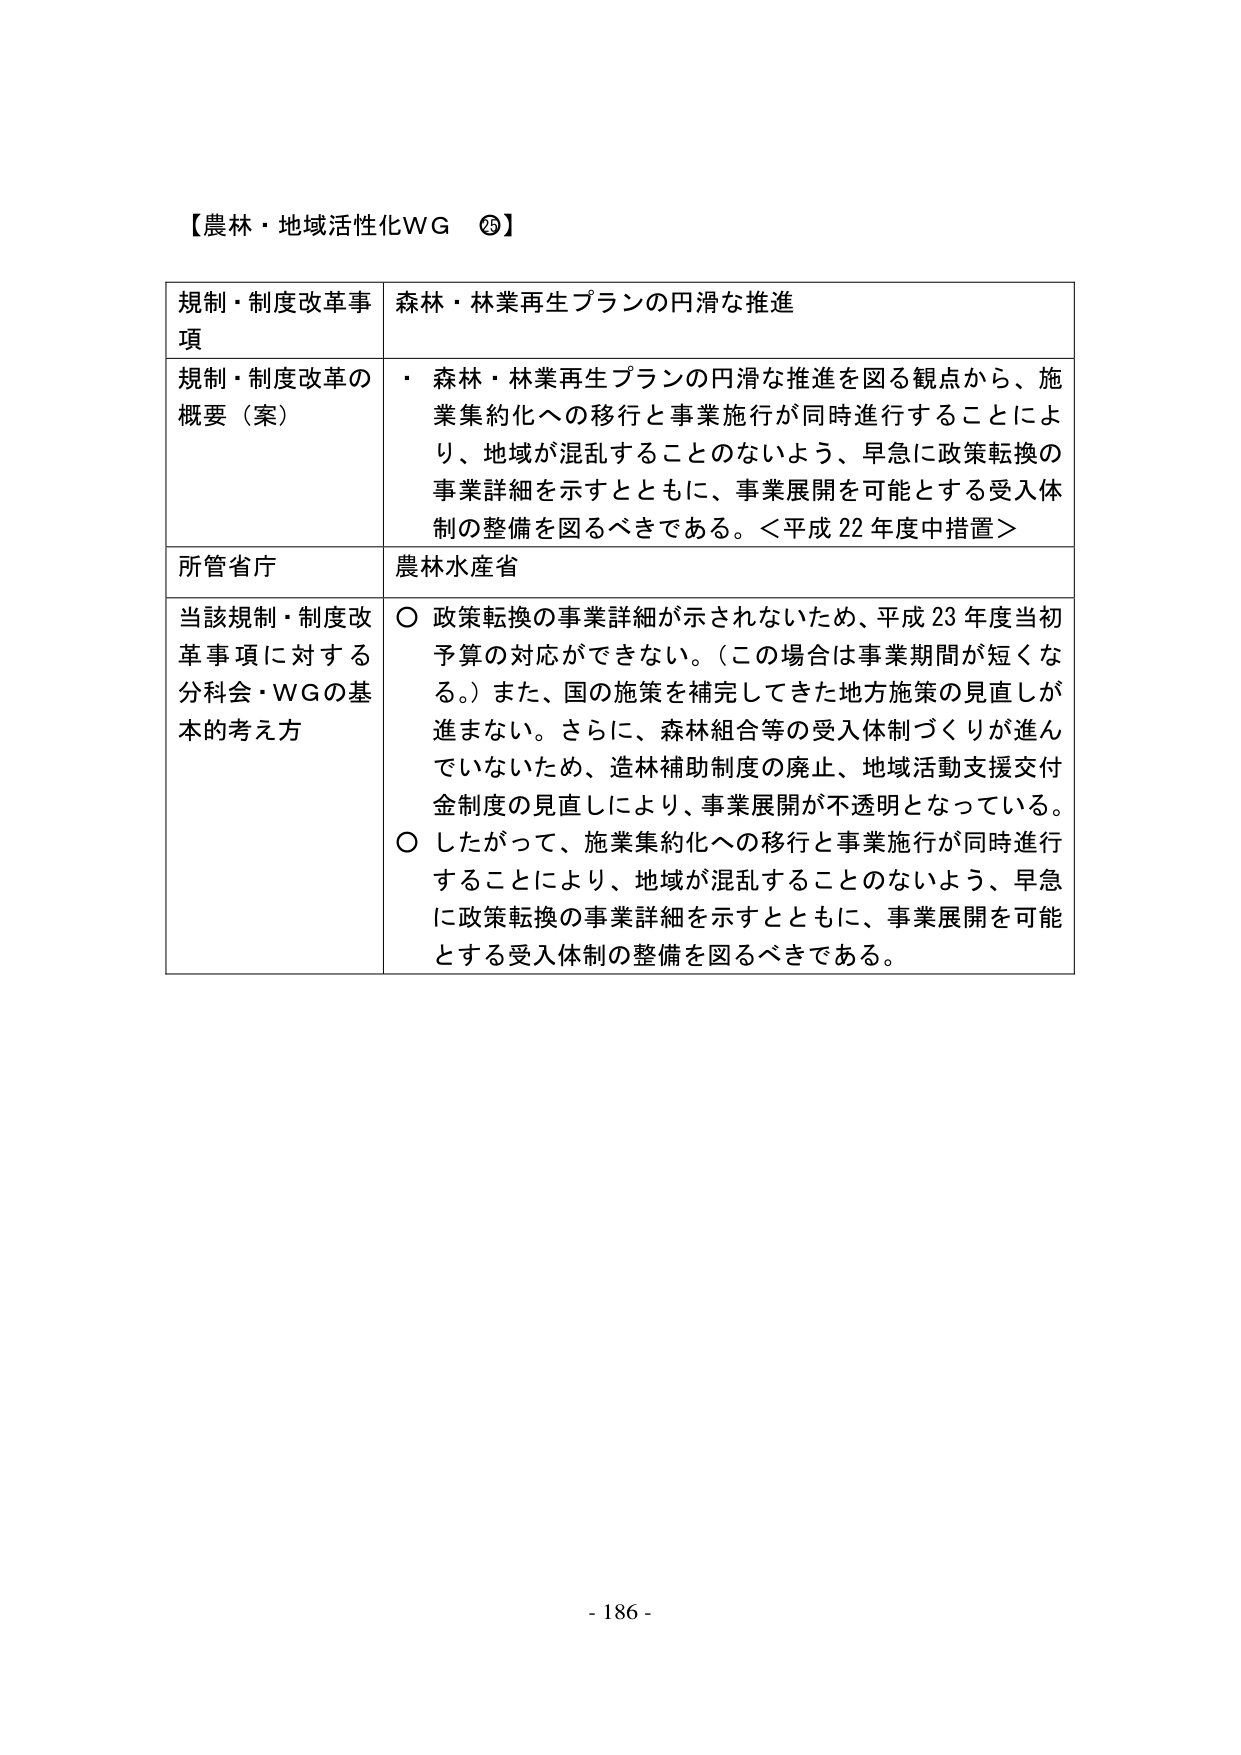
【農林・地域活性化WG ⑳】

規制・制度改革事項　　森林・林業再生プランの円滑な推進

規制・制度改革の概要（案）　・ 森林・林業再生プランの円滑な推進を図る観点から、施業集約化への移行と事業施行が同時進行することにより、地域が混乱することのないよう、早急に政策転換の事業詳細を示すとともに、事業展開を可能とする受入体制の整備を図るべきである。＜平成22年度中措置＞

所管省庁　　農林水産省

当該規制・制度改革事項に対する分科会・WGの基本的考え方　　○ 政策転換の事業詳細が示されないため、平成23年度当初予算の対応ができない。（この場合は事業期間が短くなる。）また、国の施策を補完してきた地方施策の見直しが進まない。さらに、森林組合等の受入体制づくりが進んでいないため、造林補助制度の廃止、地域活動支援交付金制度の見直しにより、事業展開が不透明となっている。
○ したがって、施業集約化への移行と事業施行が同時進行することにより、地域が混乱することのないよう、早急に政策転換の事業詳細を示すとともに、事業展開を可能とする受入体制の整備を図るべきである。

- 186 -